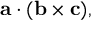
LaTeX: \mathbf { a } \cdot ( \mathbf { b } \times \mathbf { c } ) ,